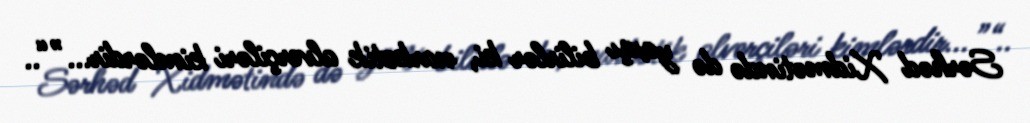
Sərhəd Xidmətində də yaxşı bilirlər ki, narkotik alverçiləri kimlərdir...”“..